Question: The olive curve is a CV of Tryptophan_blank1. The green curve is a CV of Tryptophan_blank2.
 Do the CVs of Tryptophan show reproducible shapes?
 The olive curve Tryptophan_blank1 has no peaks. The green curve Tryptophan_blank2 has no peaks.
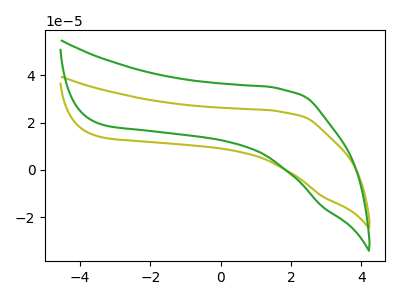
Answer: <think>Neither "Tryptophan_blank1" or "Tryptophan_blank2" have any peaks.
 </think>
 <answer>All the CV's of "Tryptophan" have similar shape.</answer>
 <eval>follow_rule</eval>